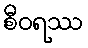
စီဝရဿ